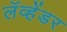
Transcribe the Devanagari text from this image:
लॅव्हेंडर